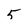
Character: 5